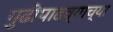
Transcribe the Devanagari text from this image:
गुढीपाढव्याच्या